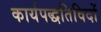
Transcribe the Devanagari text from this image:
कार्यपद्धतिविदों